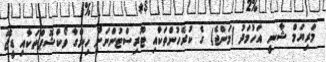
މަރިޔަމް ޝާނީ އަހުމަދު (މަންޖެ) ގެ ކުރެހުންތަކާއި ޓޫރިސްޓުންނަށް ހިންގާ ވޯކްޝޮޕްތަކާއި ޑީޖޭ